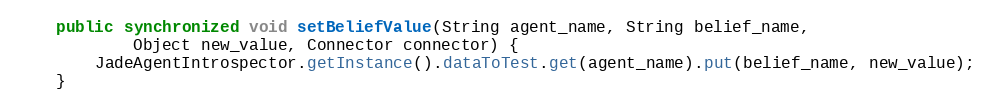
Language: Java
    public synchronized void setBeliefValue(String agent_name, String belief_name,
            Object new_value, Connector connector) {
        JadeAgentIntrospector.getInstance().dataToTest.get(agent_name).put(belief_name, new_value);
    }